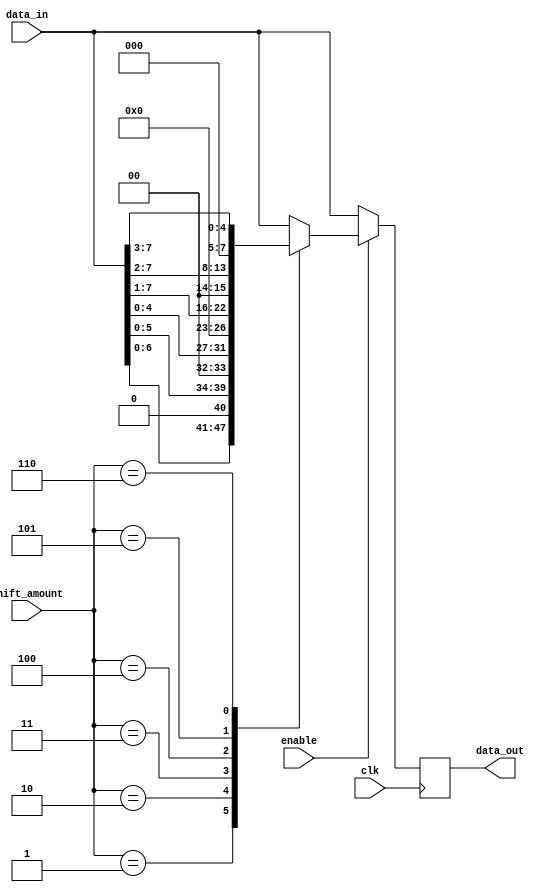
module Barrel_Shifter (
    input wire clk,
    input wire enable,
    input wire [7:0] data_in,
    input wire [2:0] shift_amount,
    output reg [7:0] data_out
);

always @(posedge clk) begin
    if (enable) begin
        case (shift_amount)
            3'b000: data_out <= data_in; // No shift
            3'b001: data_out <= data_in << 1; // Shift left by 1
            3'b010: data_out <= data_in << 2; // Shift left by 2
            3'b011: data_out <= data_in << 3; // Shift left by 3
            3'b100: data_out <= data_in >> 1; // Shift right by 1
            3'b101: data_out <= data_in >> 2; // Shift right by 2
            3'b110: data_out <= data_in >> 3; // Shift right by 3
            default: data_out <= data_in; // No shift
        endcase
    end else begin
        data_out <= data_in; // Output same as input when not enabled
    end
end

endmodule